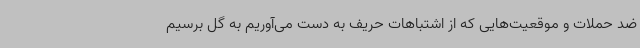
ضد حملات و موقعیت‌هایی که از اشتباهات حریف به دست می‌آوریم به گل برسیم